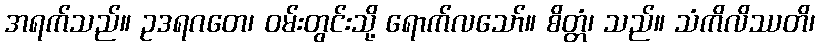
အရက်သည်။ ဥဒရဂတေ၊ ဝမ်းတွင်းသို့ ရောက်လသော်။ စိတ္တံ၊ သည်။ သံကိလိဿတိ၊